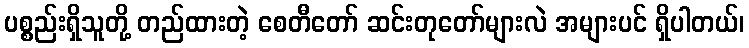
ပစ္စည်းရှိသူတို့ တည်ထားတဲ့ စေတီတော် ဆင်းတုတော်များလဲ အများပင် ရှိပါတယ်၊